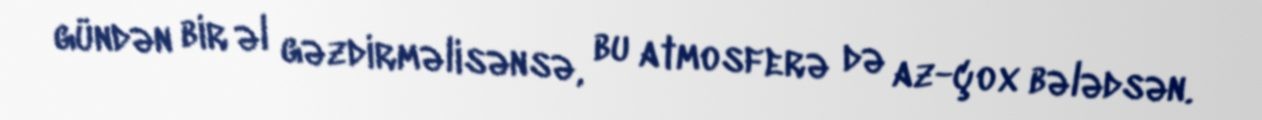
gündən bir əl gəzdirməlisənsə, bu atmosferə də az-çox bələdsən.